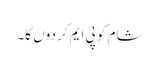
شام کو پی ایم کر دوں گا۔